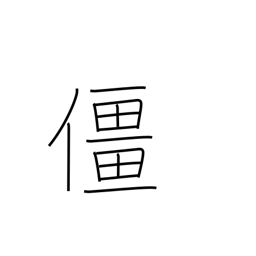
Meaning: collapse